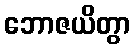
ဘောဇယိတွာ